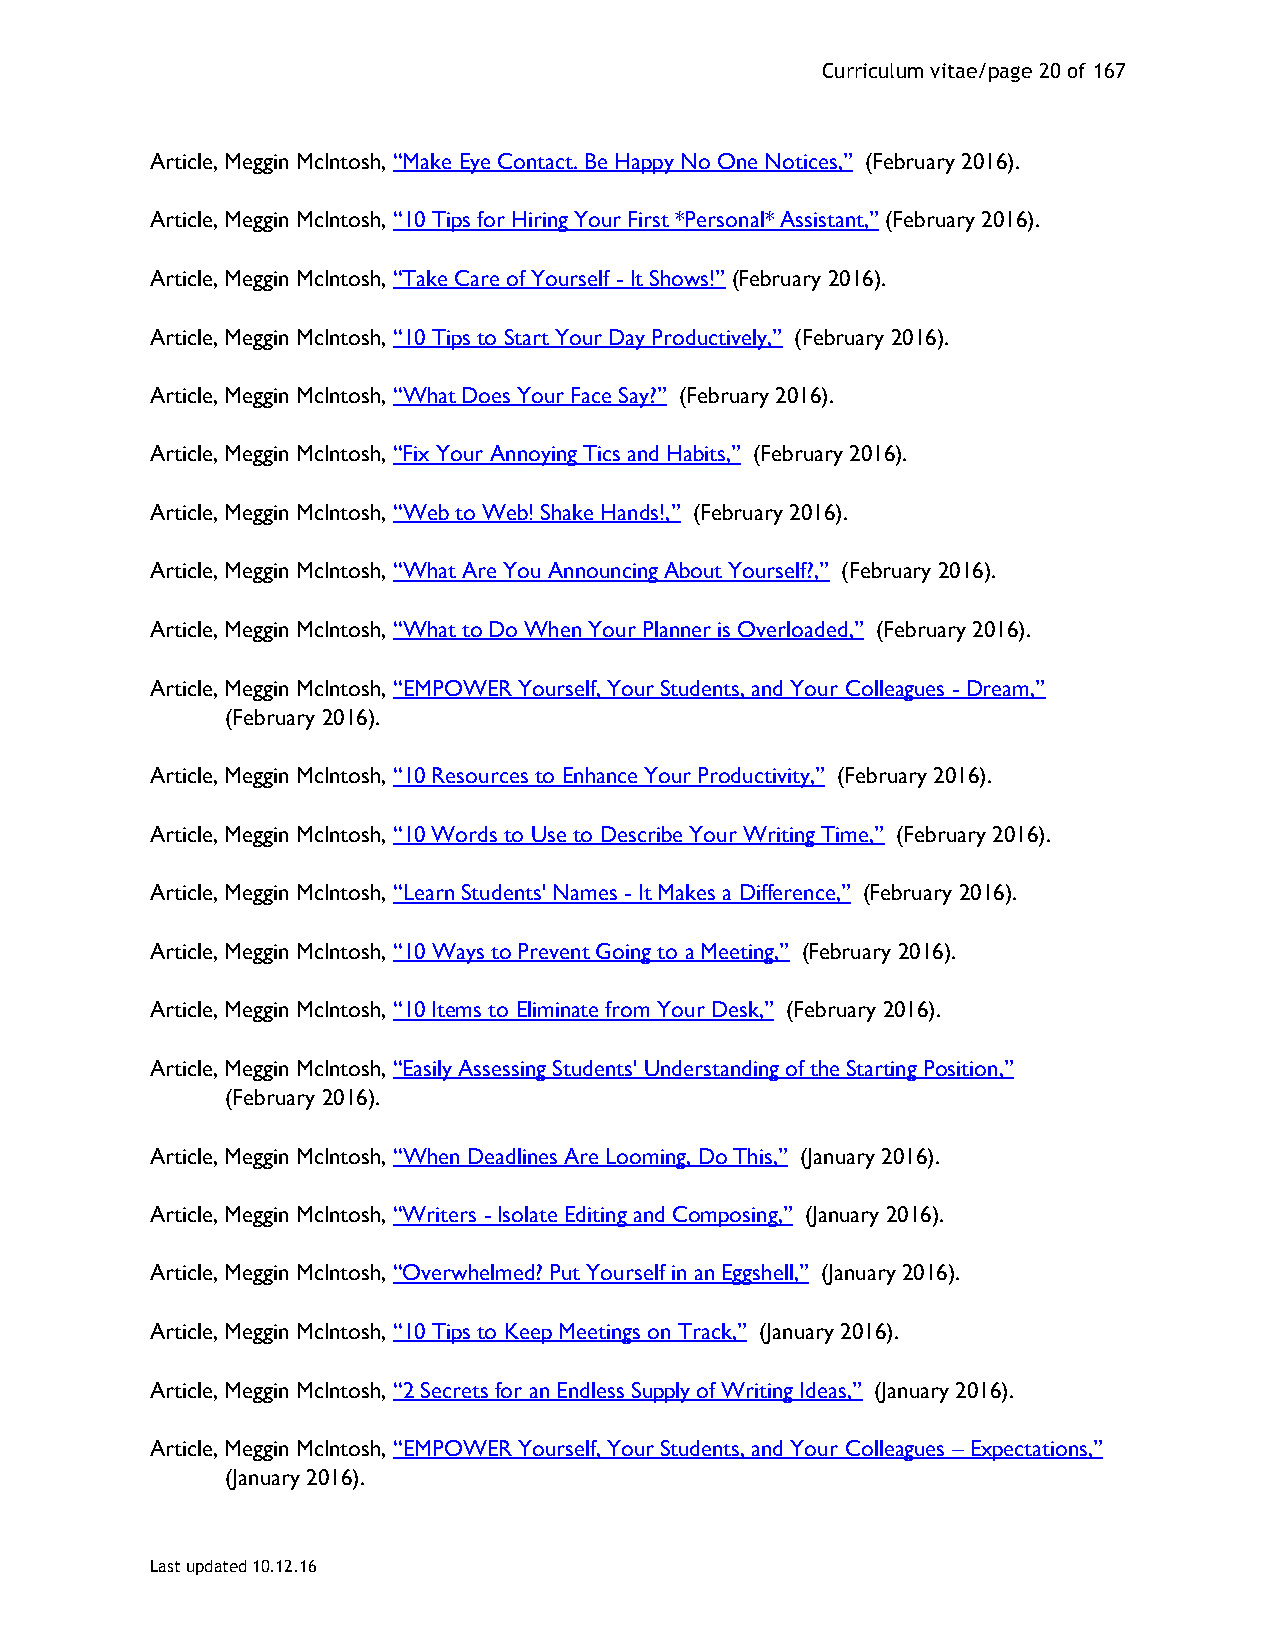
Curriculum vitae/page 20 of 167
 Article, Meggin McIntosh, “Make Eye Contact. Be Happy No One Notices,” (February 2016).
 Article, Meggin McIntosh, “10 Tips for Hiring Your First *Personal* Assistant,” (February 2016).
 Article, Meggin McIntosh, “Take Care of Yourself - It Shows!” (February 2016).
 Article, Meggin McIntosh, “10 Tips to Start Your Day Productively,” (February 2016).
 Article, Meggin McIntosh, “What Does Your Face Say?” (February 2016).
 Article, Meggin McIntosh, “Fix Your Annoying Tics and Habits,” (February 2016).
 Article, Meggin McIntosh, “Web to Web! Shake Hands!,” (February 2016).
 Article, Meggin McIntosh, “What Are You Announcing About Yourself?,” (February 2016).
 Article, Meggin McIntosh, “What to Do When Your Planner is Overloaded,” (February 2016).
 Article, Meggin McIntosh, “EMPOWER Yourself, Your Students, and Your Colleagues - Dream,”
 (February 2016).
 Article, Meggin McIntosh, “10 Resources to Enhance Your Productivity,” (February 2016).
 Article, Meggin McIntosh, “10 Words to Use to Describe Your Writing Time,” (February 2016).
 Article, Meggin McIntosh, “Learn Students' Names - It Makes a Difference,” (February 2016).
 Article, Meggin McIntosh, “10 Ways to Prevent Going to a Meeting,” (February 2016).
 Article, Meggin McIntosh, “10 Items to Eliminate from Your Desk,” (February 2016).
 Article, Meggin McIntosh, “Easily Assessing Students' Understanding of the Starting Position,”
 (February 2016).
 Article, Meggin McIntosh, “When Deadlines Are Looming, Do This,” (January 2016).
 Article, Meggin McIntosh, “Writers - Isolate Editing and Composing,” (January 2016).
 Article, Meggin McIntosh, “Overwhelmed? Put Yourself in an Eggshell,” (January 2016).
 Article, Meggin McIntosh, “10 Tips to Keep Meetings on Track,” (January 2016).
 Article, Meggin McIntosh, “2 Secrets for an Endless Supply of Writing Ideas,” (January 2016).
 Article, Meggin McIntosh, “EMPOWER Yourself, Your Students, and Your Colleagues – Expectations,”
 (January 2016).
 Last updated 10.12.16